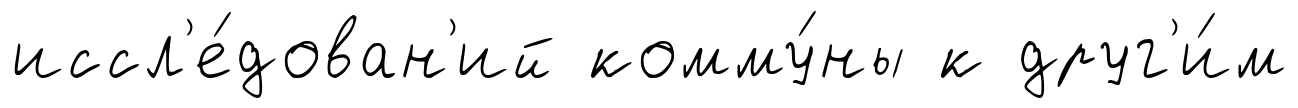
иссл'е́дован'ий комму́ны к друг'и́м